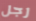
رجل